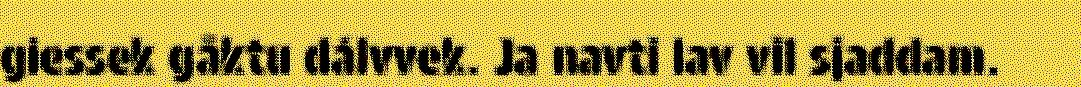
giessek gåktu dálvvek. Ja navti lav vil sjaddam.